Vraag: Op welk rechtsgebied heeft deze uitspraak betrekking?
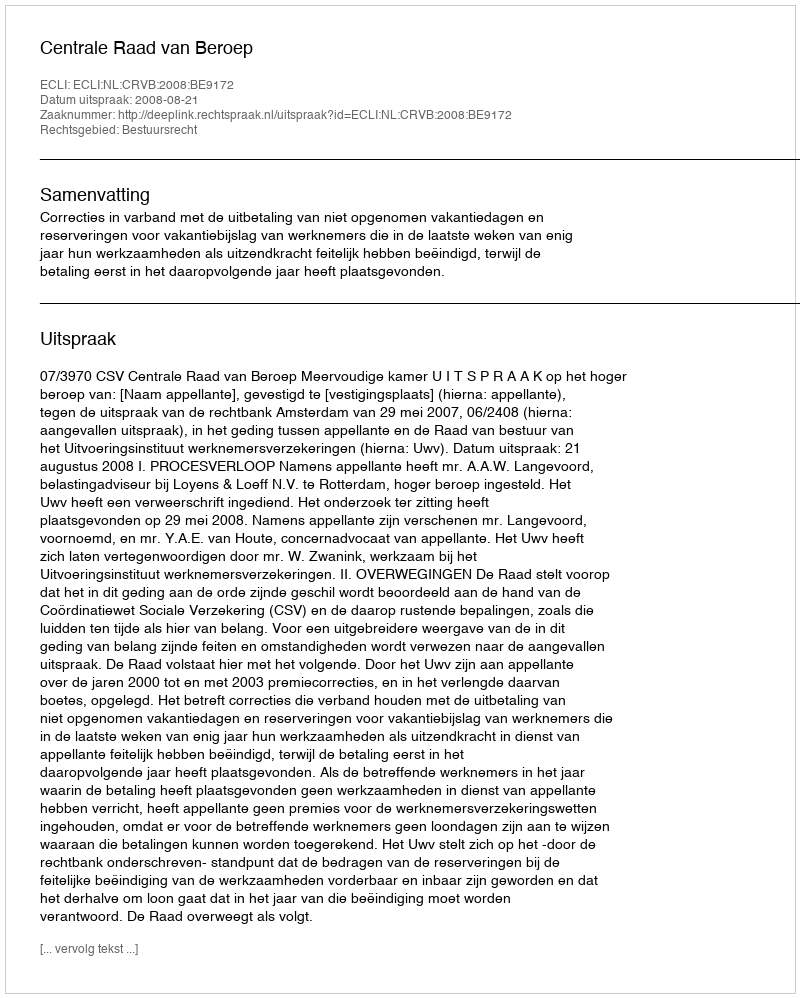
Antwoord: Bestuursrecht